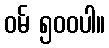
ဝမ် ၅၀၀ပါ။